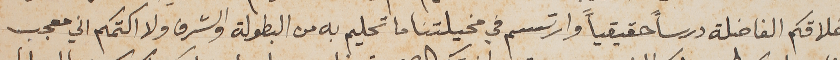
اخلاقكم الفاضلة درساً حقيقياً وارتسم في مخيلتنا ما تحليم به من البطولة والشرف ولا اكتمكم اني معجب